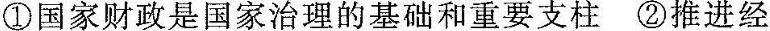
①国家财政是国家治理的基础和重要支柱②推进经